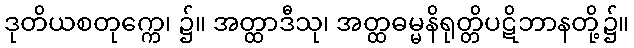
ဒုတိယစတုက္ကေ၊ ၌။ အတ္ထာဒီသု၊ အတ္ထဓမ္မနိရုတ္တိပဋိဘာနတို့၌။